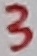
Text: 3